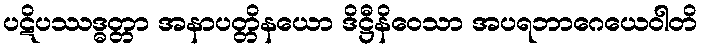
ပဋိပဿဒ္ဓတ္တာ အနာပတ္တိနယော ဒိဋ္ဌီနိဝေသာ အပရဘာဂေယေဝါတိ